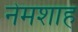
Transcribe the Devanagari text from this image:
नेमशाह